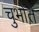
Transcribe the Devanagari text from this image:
चुभोते